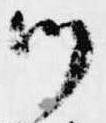
つ